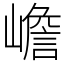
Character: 嶦